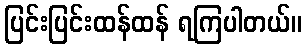
ပြင်းပြင်းထန်ထန် ရကြပါတယ်။